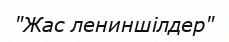
"Жас лениншілдер"